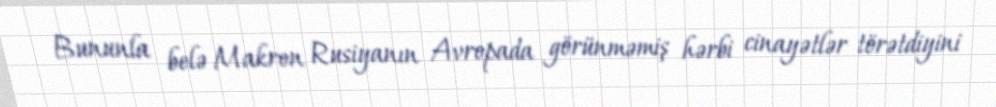
Bununla belə Makron Rusiyanın Avropada görünməmiş hərbi cinayətlər törətdiyini